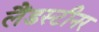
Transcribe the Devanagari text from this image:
लैंडस्टीनर